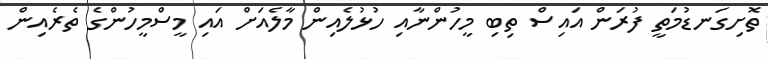
ތޮށިގަނޑުމަތީ ފުރަން އައިސް ތިބި މީހުންނާއި ހުޅުލެއިން މާލެއަށް އައި މީސްމީހުންގެ ތެރެއިން